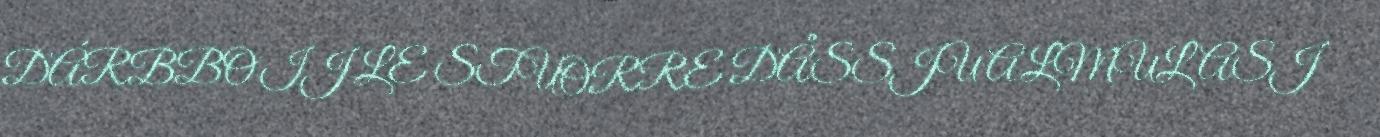
DÁRBBO IJ LE STUORRE DÅSSJU ALMULASJ